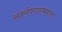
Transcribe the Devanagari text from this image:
संश्लेषणात्मकता